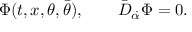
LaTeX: \Phi ( t , x , \theta , \bar { \theta } ) , \qquad \bar { D } _ { \dot { \alpha } } \Phi = 0 .